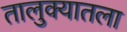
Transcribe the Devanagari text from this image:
तालुक्यातला